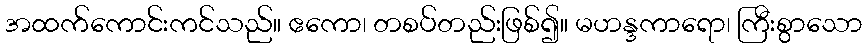
အထက်ကောင်းကင်သည်။ ဧကော၊ တစပ်တည်းဖြစ်၍။ မဟန္ဒကာရော၊ ကြီးစွာသော